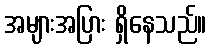
အများအပြား ရှိနေသည်။